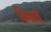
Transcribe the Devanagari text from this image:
विश्वाचें